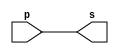
// -------------------------
// Exemplo0001 - buffer
// Nome: Rayan Darwin
// -------------------------
// -------------------------
// -- buffer
// -------------------------
module buffer (output s, input p);

	assign s = p; // criar vinculo permanente
	              // (dependencia)
endmodule // buffer
// -------------------------
// -- test buffer
// -------------------------

module testbuffer;
// ------------------------- dados locais
	reg   a;	// definir registrador
            // (variavel independente)
	wire  s; // definir conexao (fio)
            // (variavel dependente  )
// ------------------------- instancia
   buffer BF1 (s, a);
// ------------------------- preparacao
   initial begin:start
		a=0;     // valor inicial
   end
// ------------------------- parte principal
	initial begin:main
      
		// execucao unitaria
      $display("Exemplo 0001 - Rayan Darwin - 412770");
      $display("Test buffer:");
		$display("\t	time\ta = s");
      
		// execucao permanente
      $monitor("%d\t%b = %b", $time, a, s);
      
		// apos uma unidade de tempo
		// mudar valor do registrador para 0
  		#1  a=1;
      // apos duas unidades de tempo
		// mudar valor do registrador para 1
  		#2  a=0;
	end

endmodule // testbuffer